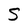
Character: S